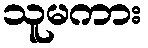
သူမကား